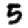
Digit: 5